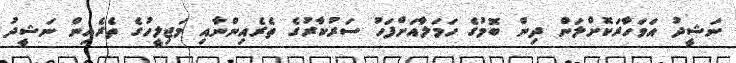
ނަޝީދު އަވަހާރަކޮށްލަން ދިން ބޮމުގެ ހަމަލާއަށްފަހު ސަރުކާރުގެ ތެރެއިންނާއި މަޖިލީހުގެ ތެރެއިން ނަޝީދު